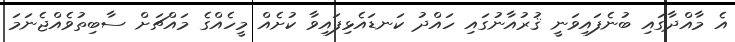
އެ މާއްދާގައި ބުނެފައިވަނީ ޤުރުއާނުގައި ހައްދު ކަނޑައެޅިފައިވާ ކުށެއް މީހެއްގެ މައްޗަށް ސާބިތުވެއްޖެނަމަ